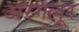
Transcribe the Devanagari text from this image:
अरगलूर